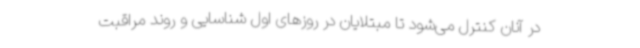
در آنان کنترل می‌شود تا مبتلایان در روزهای اول شناسایی و روند مراقبت